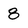
Character: 8